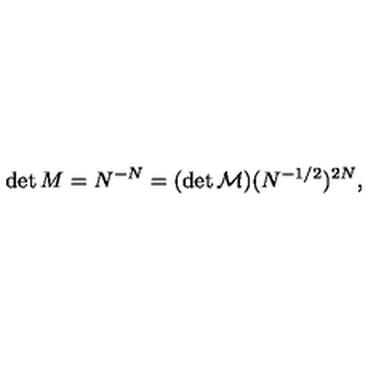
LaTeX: \det M = N ^ { - N } = ( \det { \cal M } ) ( N ^ { - 1 / 2 } ) ^ { 2 N } ,